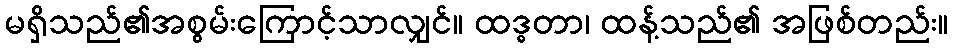
မရှိသည်၏အစွမ်းကြောင့်သာလျှင်။ ထဒ္ဓတာ၊ ထန့်သည်၏ အဖြစ်တည်း။